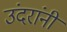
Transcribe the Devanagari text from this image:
उंदरांनी